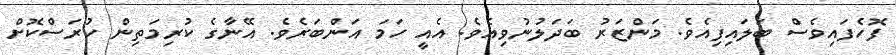
ފޮހެފައިވެސް ބަލައިފިއެވެ. މަންޒަރު ބަދަލުނުވިއެވެ. އެއީ ހަމަ އަންބަރެވެ. އޭނާގެ ކުރިމަތިން ހުރަސްކޮށް